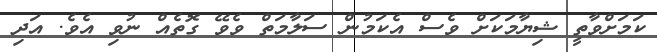
ކަމަށްވާތީ ޝިޔާމަކަށް ވެސް އެކަމުން ސަލާމަތް ވެވޭ ގޮތެއް ނުވި އެވެ. އަދި